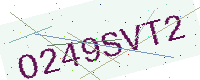
Text: O249SVT2